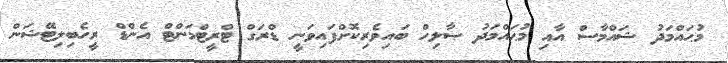
މުޙައްމަދު ޝައްމާސް އާއި މުޙައްމަދު ޞާލިހް ބައިވެރިކޮށްފައިވަނީ ޑްރަގް ޓްރީޓްމަންޓް އެންޑް ރީހެބިލިޓޭޝަން